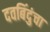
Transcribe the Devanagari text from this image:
दवबिंदुंचा